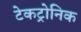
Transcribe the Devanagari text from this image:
टेकट्रोनिक